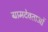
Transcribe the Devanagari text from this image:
ग्रामदेवताओं